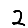
Digit: 2